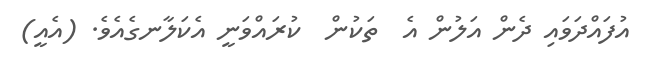
އުފައްދަވައި ދެން އަލުން އެ  ތަކުން  ކުރައްވަނީ އެކަލާނގެއެވެ. (އެއީ)